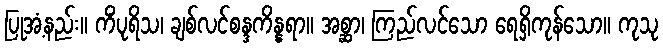
ပြုအံ့နည်း။ ကိံပုရိသ၊ ချစ်လင်စန္ဒကိန္နရာ။ အစ္ဆာ၊ ကြည်လင်သော ရေရှိကုန်သော။ ကုသု